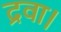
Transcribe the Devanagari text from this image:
द्रवा।